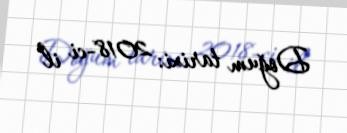
Doğum tarixi: 2018-ci il